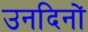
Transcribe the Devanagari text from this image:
उनदिनों